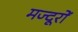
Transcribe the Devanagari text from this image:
मज्दूरों